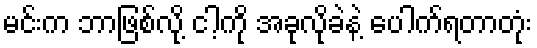
မင်းက ဘာဖြစ်လို့ ငါ့ကို အခုလိုခဲနဲ့ ပေါက်ရတာတုံး